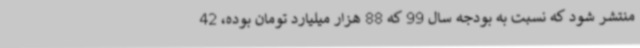
منتشر شود که نسبت به بودجه سال 99 که 88 هزار میلیارد تومان بوده، 42